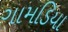
ગામડિયા